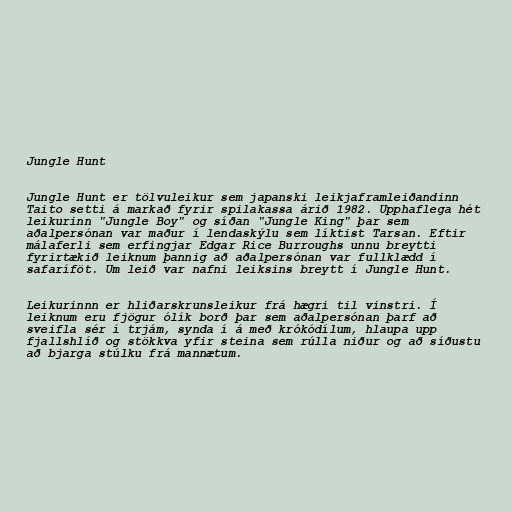
Jungle Hunt

Jungle Hunt er tölvuleikur sem japanski leikjaframleiðandinn
Taito setti á markað fyrir spilakassa árið 1982. Upphaflega hét
leikurinn "Jungle Boy" og síðan "Jungle King" þar sem
aðalpersónan var maður í lendaskýlu sem líktist Tarsan. Eftir
málaferli sem erfingjar Edgar Rice Burroughs unnu breytti
fyrirtækið leiknum þannig að aðalpersónan var fullklædd í
safaríföt. Um leið var nafni leiksins breytt í Jungle Hunt.

Leikurinnn er hliðarskrunsleikur frá hægri til vinstri. Í
leiknum eru fjögur ólík borð þar sem aðalpersónan þarf að
sveifla sér í trjám, synda í á með krókódílum, hlaupa upp
fjallshlíð og stökkva yfir steina sem rúlla niður og að síðustu
að bjarga stúlku frá mannætum.